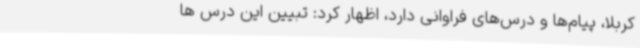
کربلا، پیام‌ها و درس‌های فراوانی دارد، اظهار کرد: تبیین این درس ها